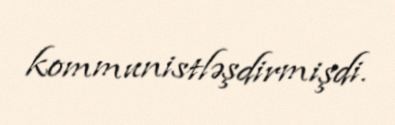
kommunistləşdirmişdi.